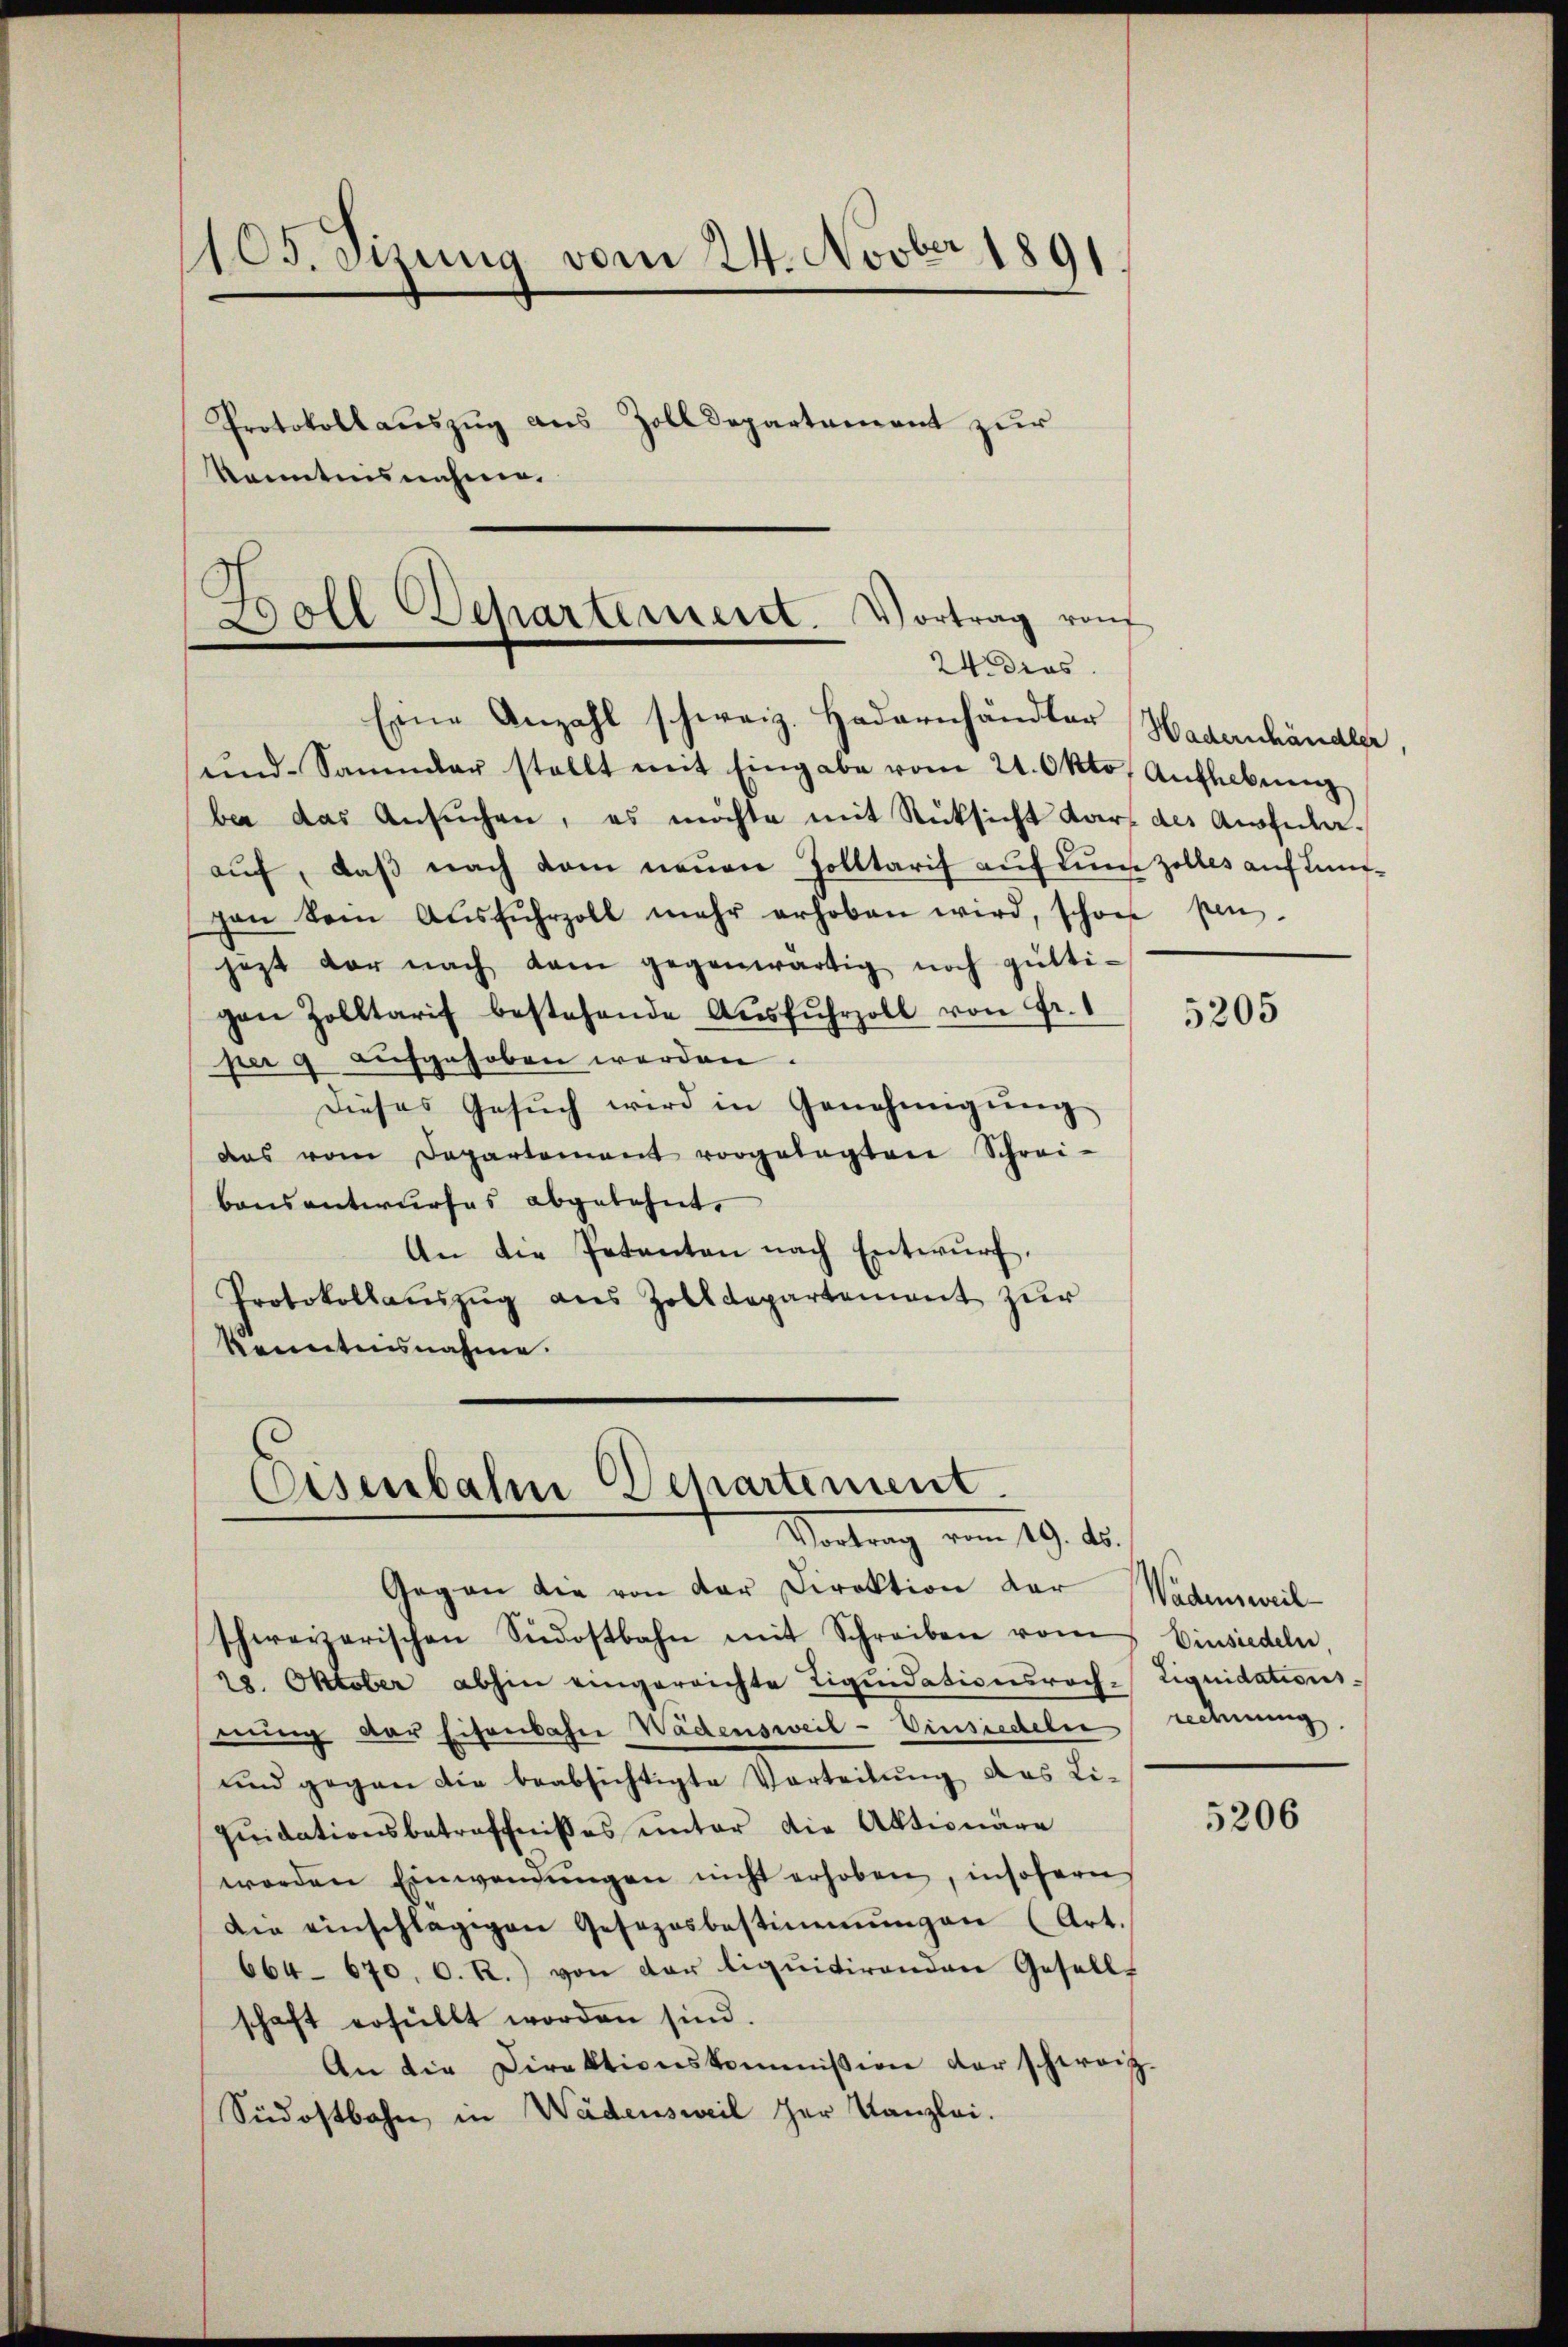
1105. Sizung vom 24. Novber 1891
Protokoll auszug aus Zolldepartement zur
Kenntnisnahme.

Doll Departement. Vortrag von
24. dies
Eine Anzahl schweiz. Hadornhändler Haderschändler

end-Sammler stellt mit Eingabe vom 21. Okto. Aŭfhebung
ber das Ansŭchen, es möchte mit Rücksicht Karl des Ausfulaaŭf, daβ nach dem neŭen Zolltarif aŭf Lüne zolles auf ungen dem Aŭsfŭhrzoll mehr erhoben wird, schon pen-
jezt vor nach dem gegenwärtig noch güttigen Zolltarif bestehende Aŭsfŭhrzoll von Fr. 1
per 9 aŭfgehoben werden.
Dieses Gesŭch wird in Genehmigŭng
das vom Departement vorgelegten Schrei-
bonsantwurfes abgelehnt.
An die Petenten nach Entwurf.
Protokollauszug aus Zolldepartement zur
kenntnisnahme.

Eisenbahn Departement.
Vortrag vom 19. 15.
Gegen die von der Direktion der Wadensweil

schweizerischen Südostbahn mit Schreiben vom
28. Oktober abhin eingereichte Liquidationsrech-Liquidations-
nung der Eisenbahn Wädensweil - Einsiedeln
und gegen die beabsichtigte Vorteilŭng das Li-
qŭidationsbetreffnisses unter die Aktionäre
worden Einwendŭngen nicht erhoben, insofern
Die einschlägigen Gesezesbestimmungen (Art.
664. 670. C. R.) von der liquitirenden Gesell-
schaft erfüllt worden sind.
An die Direktionskommission der schweiz.
Südostbahn, in Wädensweil her Kanzlei.

5205

Einsiedeln.
redmung.

5206